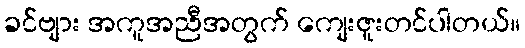
ခင်ဗျား အကူအညီအတွက် ကျေးဇူးတင်ပါတယ်။